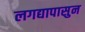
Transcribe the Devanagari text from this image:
लगद्यापासुन